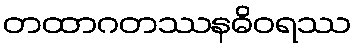
တထာဂတဿနဓိဝရဿ